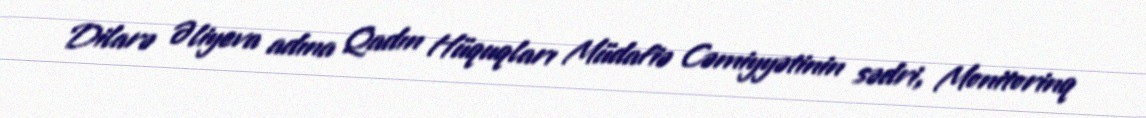
Dilarə Əliyeva adına Qadın Hüquqları Müdafiə Cəmiyyətinin sədri, Monitorinq